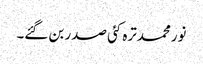
نورمحمدترہ کئی صدر بن گئے۔